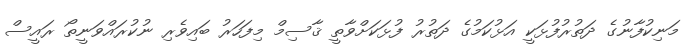
މަނިކުފާނުގެ ދަތުރުފުޅަކީ އަޅުކަމުގެ ދަތުރު ފުޅަކަށްވާތީ ޤާސިމް މިފަހަރު ބައިވެރި ނުކުރައްވަނީތޯ ރައީސް